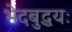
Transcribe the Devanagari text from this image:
भेदबुद्धयः